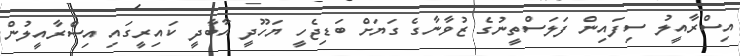
އިސްރާއީލު ސިފައިން ފަލަސްތީނުގެ ޒުވާނާގެ ގަޔަށް ބަޑިޖެހީ ޔަހޫދީ އާބާދީ ކައިރީގައި އިސްރާއީލުން